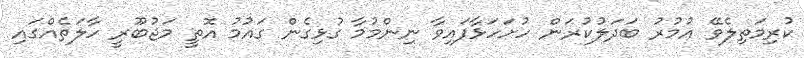
ކުރިމަތިލެވޭ އުމުރު ބަދަލުކުރަން ހުށަހަޅާފައިވާ ނިންމުމާ ގުޅިގެން ގައުމު އޮތީ މަޖުބޫރީ ހާލަތެއްގައި